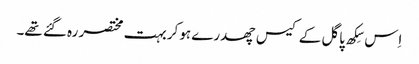
اِس سِکھ پاگل کے کیس چھدرے ہوکر بہت مختصر رہ گئے تھے۔